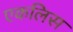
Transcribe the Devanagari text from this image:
एकलिस